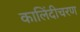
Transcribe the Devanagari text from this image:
कालिंदीचरण